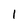
Character: 1